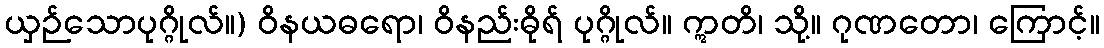
ယှဉ်သောပုဂ္ဂိုလ်။) ဝိနယဓရော၊ ဝိနည်းဓိုရ် ပုဂ္ဂိုလ်။ ဣတိ၊ သို့။ ဂုဏတော၊ ကြောင့်။